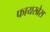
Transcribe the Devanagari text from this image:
फायरब्रेस